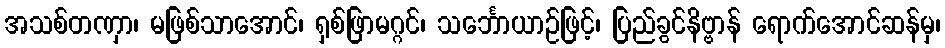
အသစ်တဏှာ၊ မဖြစ်သာအောင်၊ ရှစ်ဖြာမဂ္ဂင်၊ သင်္ဘောယာဉ်ဖြင့်၊ ပြည်ခွင်နိဗ္ဗာန် ရောက်အောင်ဆန်မှ၊